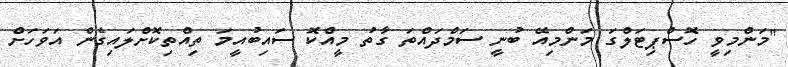
"މަންމިވީ ހޮސްޕިޓަލްގަ މަންމިއޭ ބުނީ ސަމްދައްތަ ގާތު މީއްކޮ ސައިބުއީމަ ތިއްތިކޮށްލައިގެން އަވަހަށް